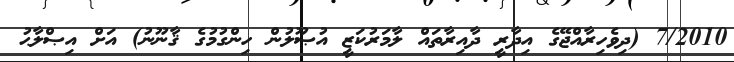
7/2010 (ދިވެހިރާއްޖޭގެ އިދާރީ ދާއިރާތައް ލާމަރުކަޒީ އުޞޫލުން ހިންގުމުގެ ޤާނޫނު) އަށް އިޞްލާޙު